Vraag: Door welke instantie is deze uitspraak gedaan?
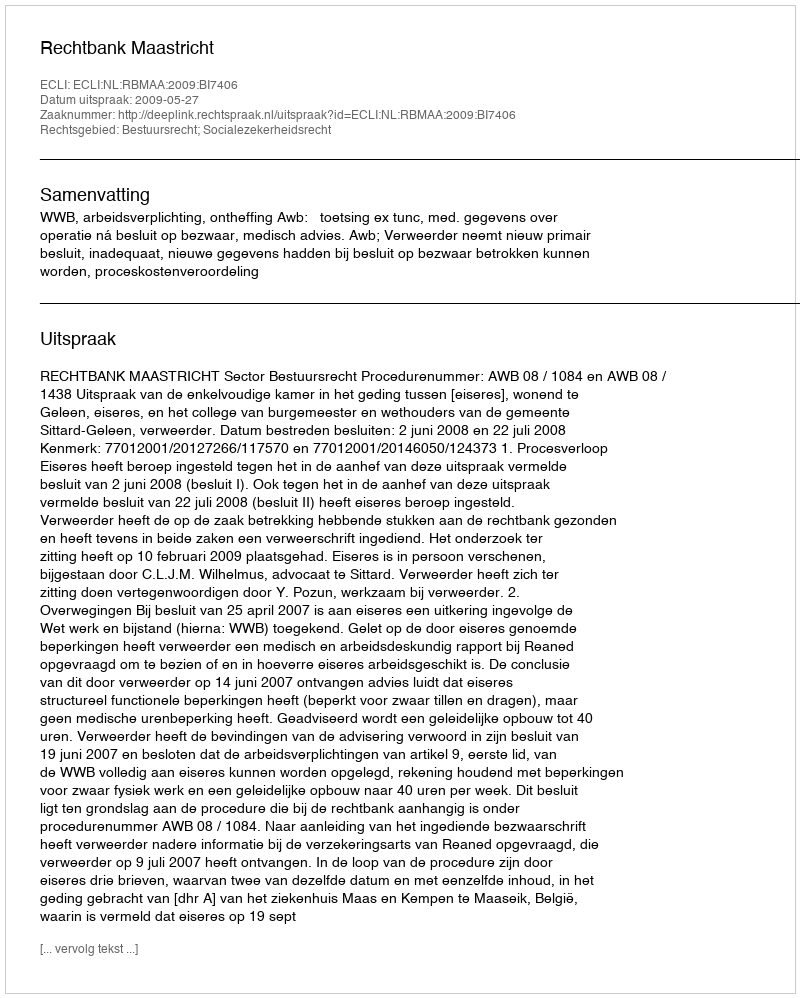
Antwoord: Rechtbank Maastricht